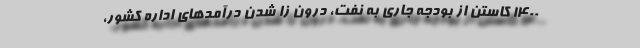
۱۴۰۰ کاستن از بودجه جاری به نفت، درون زا شدن درآمدهای اداره کشور،